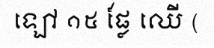
ឡៅ ១៥ ផ្លែ ឈើ (